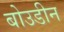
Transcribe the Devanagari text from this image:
बोउडीन